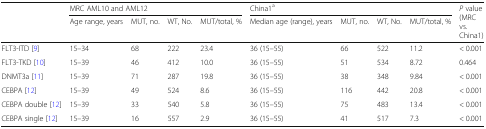
| <ROWSPAN=2>  | <COLSPAN=4> MRC AML10 and AML12 | <COLSPAN=4> China1a | <ROWSPAN=2> P value (MRC vs. China1) |
 | Age range, years | MUT, no. | WT, No. | MUT/total, % | Median age (range), years | MUT, no. | WT, No. | MUT/total, % |
 | --- | --- | --- | --- | --- | --- | --- | --- | --- | --- |
 | FLT3-ITD [9] | 15–34 | 68 | 222 | 23.4 | 36 (15–55) | 66 | 522 | 11.2 | < 0.001 |
 | FLT3-TKD [10] | 15–39 | 46 | 412 | 10.0 | 36 (15–55) | 51 | 534 | 8.72 | 0.464 |
 | DNMT3a [11] | 15–39 | 71 | 287 | 19.8 | 36 (15–55) | 38 | 348 | 9.84 | < 0.001 |
 | CEBPA [12] | 15–39 | 49 | 524 | 8.6 | 36 (15–55) | 116 | 442 | 20.8 | < 0.001 |
 | CEBPA double [12] | 15–39 | 33 | 540 | 5.8 | 36 (15–55) | 75 | 483 | 13.4 | < 0.001 |
 | CEBPA single [12] | 15–39 | 16 | 557 | 2.9 | 36 (15–55) | 41 | 517 | 7.3 | < 0.001 |